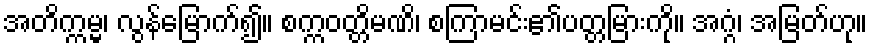
အတိက္ကမ္မ၊ လွန်မြောက်၍။ စက္ကဝတ္တိမဏိ၊ စကြာမင်း၏ပတ္တမြားကို။ အဂ္ဂံ၊ အမြတ်ဟု။